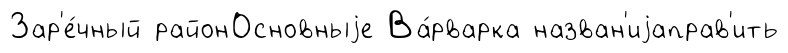
Зар'е́чный районОсновныjе Ва́рварка назван'иjаправ'ить